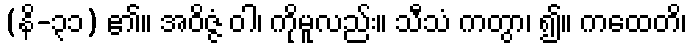
(နိ-၃၁) ၏။ အဝိဇ္ဇံ ဝါ၊ ကိုမူလည်း။ သီသံ ကတွာ၊ ၍။ ကထေတိ၊